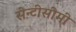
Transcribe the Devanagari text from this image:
सेन्टीसीमी